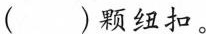
( )颗纽扣。